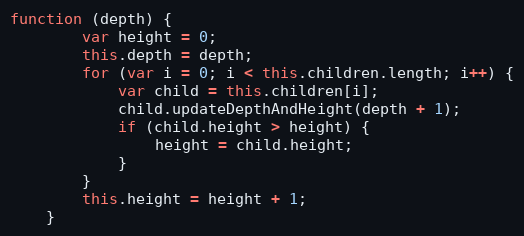
Language: JavaScript
function (depth) {
        var height = 0;
        this.depth = depth;
        for (var i = 0; i < this.children.length; i++) {
            var child = this.children[i];
            child.updateDepthAndHeight(depth + 1);
            if (child.height > height) {
                height = child.height;
            }
        }
        this.height = height + 1;
    }